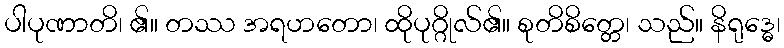
ပါပုဏာတိ၊ ၏။ တဿ အရဟတော၊ ထိုပုဂ္ဂိုလ်၏။ စုတိစိတ္တေ၊ သည်။ နိရုဒ္ဓေ၊